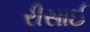
રીસાઈ